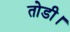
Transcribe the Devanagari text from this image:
तोडी।